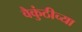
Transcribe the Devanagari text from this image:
वैकुंठीच्या